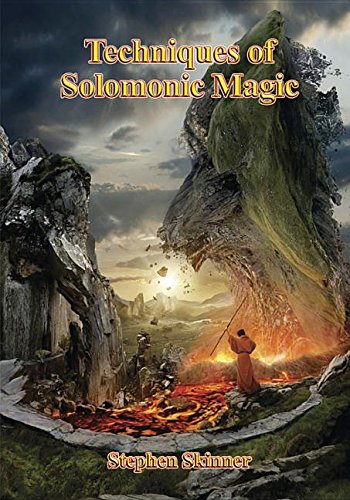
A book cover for Techniques of Solomonic Magic; Dr Stephen Skinner; Religion & Spirituality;